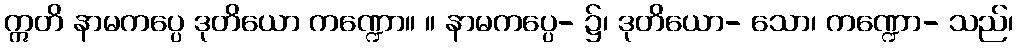
ဣတိ နာမကပ္ပေ ဒုတိယော ကဏ္ဍော။ ။ နာမကပ္ပေ- ၌၊ ဒုတိယော- သော၊ ကဏ္ဍော- သည်၊